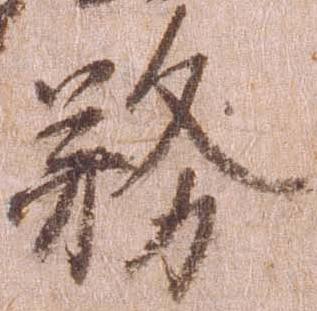
務